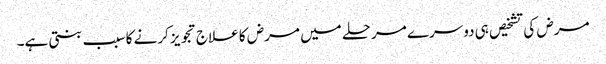
مرض کی تشخیص ہی دوسرے مرحلے میں مرض کا علاج تجویز کرنے کا سبب بنتی ہے۔